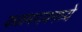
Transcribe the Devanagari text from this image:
कळमगावमध्ये